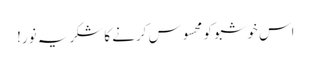
اس خوشبو کو محسوس کرنے کا شکریہ نور!